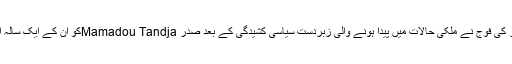
گزشتہ جمعرات کو نائیجر کی فوج نے ملکی حالات میں پیدا ہونے والی زبردست سیاسی کشیدگی کے بعد صدر Mamadou Tandjaکو ان کے ایک سالہ اقتدار سے الگ کر دیا تھا۔